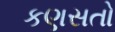
કણસતો